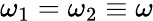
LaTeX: \omega_{1}=\omega_{2}\equiv\omega